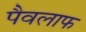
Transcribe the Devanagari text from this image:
पैवलाफ